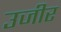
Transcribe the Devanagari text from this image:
उजीर